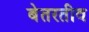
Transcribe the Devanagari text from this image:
बेतरतीव